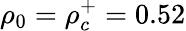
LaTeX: \rho_{0}=\rho_{c}^{+}=0.52